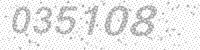
Solution: 035108